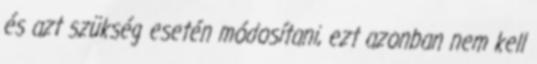
és azt szükség esetén módosítani, ezt azonban nem kell